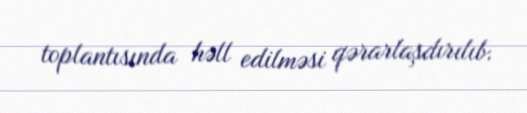
toplantısında həll edilməsi qərarlaşdırılıb.